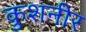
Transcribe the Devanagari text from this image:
कुशनीर